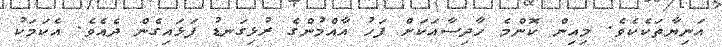
އަނިޔާތަކެކެވެ. މިއިން ކޮންމެ ހާދިސާއަކަށް ފަހު އާއްމުންގެ ރުޅިގަނޑު ފަޅައިގެން ދެއެވެ. އެކަމަކު